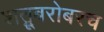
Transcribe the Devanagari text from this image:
शत्रूबरोबरच